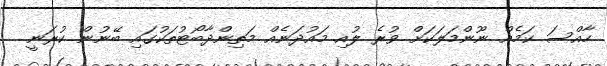
ހާއްސަ ކަމެއް ނޫންމަލަކަށް ވުރެ ލުއި މައުދަނެއް މަތިންދާބޯޓުތަކުގައި ބޭނުން ކުރަނީ